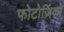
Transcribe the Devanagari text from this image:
फोटोज़िंको